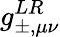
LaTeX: g_{\pm,\mu\nu}^{LR}